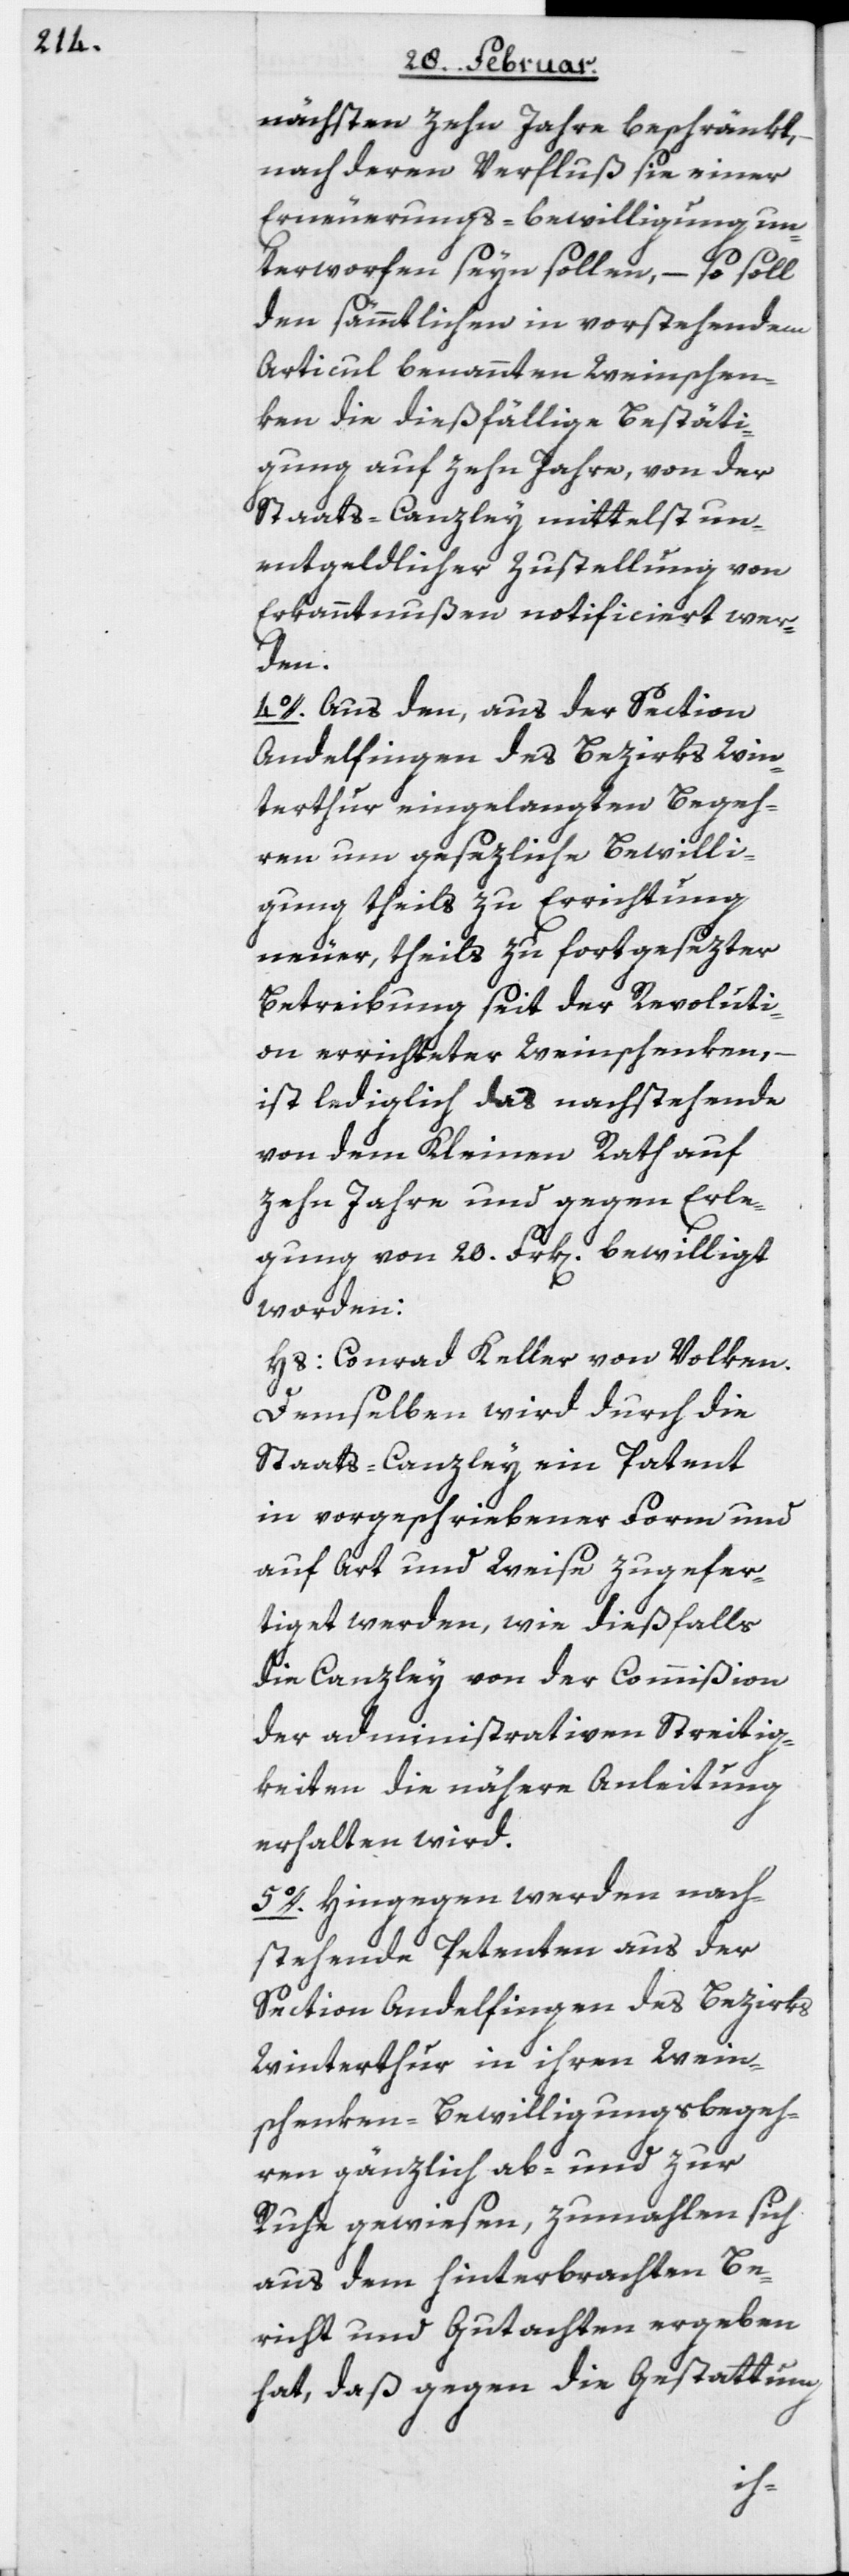
nächsten zehn Jahre beschränkt,
nach deren Verfluß sie einer
Erneuerungs-bewilligung un¬
terworfen seyn sollen, – so soll
den sämmtlichen in vorstehendem
Articul benannten Weinschen¬
ken die dießfällige Bestäti¬
gung auf zehn Jahre, von der
Staats-Canzley mittelst un¬
entgeldlicher Zustellung von
Erkanntnußen notificiert wer¬
den.
4o. Aus den, aus der Section
Andelfingen des Bezirks Win¬
terthur eingelangten Begeh¬
ren um gesezliche Bewilli¬
gung theils zu Errichtung
neuer, theils zu fortgesezter
Betreibung seit der Revoluti¬
on errichteter Weinschenken, –
ist lediglich das nachstehende
von dem Kleinen Rath auf
zehn Jahre und gegen Erle¬
gung von 20 Frk[en]. bewilligt
worden:
Hs: Conrad Keller von Volken.
Demselben wird durch die
Staats-Canzley ein Patent
in vorgeschriebener Form und
auf Art und Weise zugefer¬
tiget werden, wie dießfalls
die Canzley von der Commißion
der administrativen Streitig¬
keiten die nähere Anleitung
erhalten wird.
5o. Hingegen werden nach¬
stehende Petenten aus der
Section Andelfingen des Bezirks
Winterthur in ihren Wein¬
schenken-Bewilligungsbegeh¬
ren gänzlich ab- und zur
Ruhe gewiesen, zumahlen sich
aus dem hinterbrachten Be¬
richt und Gutachten ergeben
hat, daß gegen die Gestattung